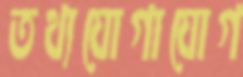
তথ্যযোগাযোগ